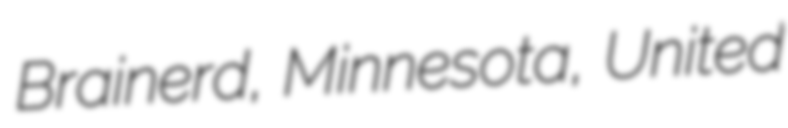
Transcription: Brainerd, Minnesota, United